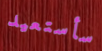
سأستعيد